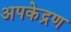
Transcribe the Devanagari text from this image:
अपकेद्रण